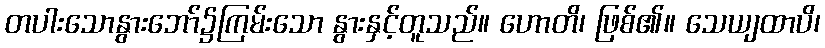
တပါးသောနွားဘော်၌ကြမ်းသော နွားနှင့်တူသည်။ ဟောတိ၊ ဖြစ်၏။ သေယျထာပိ၊